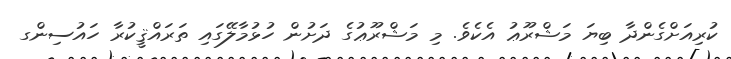
ކުރިއަށްގެންދާ ބިޔަ މަޝްރޫޢު އެކެވެ. މި މަޝްރޫޢުގެ ދަށުން ހުޅުމާލޭގައި ތަރައްޤީކުރާ ހައުސިންގ